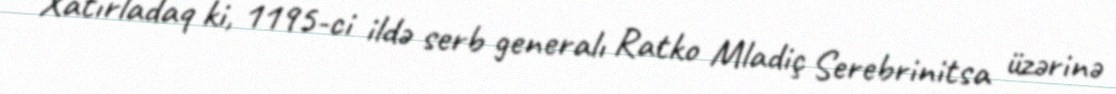
Xatırladaq ki, 1195-ci ildə serb generalı Ratko Mladiç Serebrinitsa üzərinə